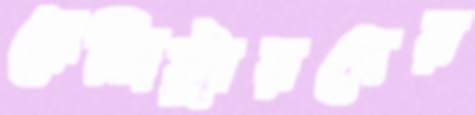
রেজিস্ট্রারদের